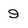
Character: 9